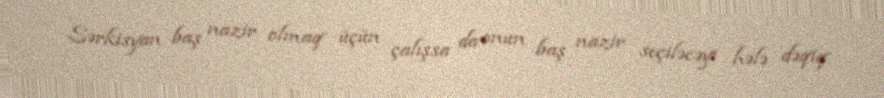
Sərkisyan baş nazir olmaq üçün çalışsa da onun baş nazir seçiləcəyi hələ dəqiq